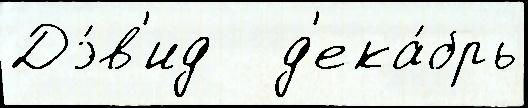
Дэ́в'ид   д'ека́брь